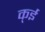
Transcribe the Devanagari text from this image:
क्ई